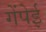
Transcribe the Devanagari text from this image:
गेंपेई